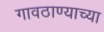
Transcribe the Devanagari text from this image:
गावठाण्याच्या